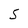
Character: S